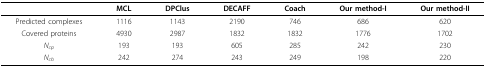
|  | MCL | DPClus | DECAFF | Coach | Our method-I | Our method-II |
 | --- | --- | --- | --- | --- | --- | --- |
 | Predicted complexes | 1116 | 1143 | 2190 | 746 | 686 | 620 |
 | Covered proteins | 4930 | 2987 | 1832 | 1832 | 1776 | 1702 |
 | Ncp | 193 | 193 | 605 | 285 | 242 | 230 |
 | Ncb | 242 | 274 | 243 | 249 | 198 | 220 |